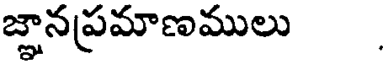
జ్ఞానప్రమాణములు